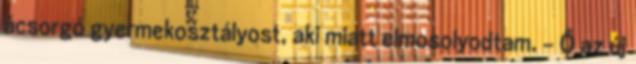
ácsorgó gyermekosztályost, aki miatt elmosolyodtam. - Ő az új